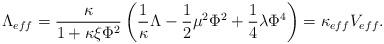
LaTeX: \begin{align*}\Lambda _{eff} = \frac{\kappa}{1+\kappa \xi \Phi ^{2}} \left(\frac{1}{\kappa} \Lambda -\frac{1}{2} \mu ^{2}\Phi ^{2} +\frac{1}{4}\lambda \Phi ^4 \right) = \kappa _{eff} V_{eff}.\end{align*}